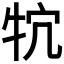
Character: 𤘺